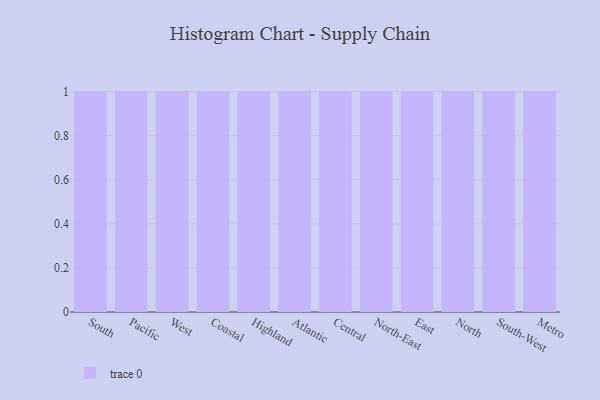
{"axis": {"x": "Region", "y": "Shipments"}, "legend": [""], "data": [{"x": "South", "y": 50, "type": ""}, {"x": "Pacific", "y": 80, "type": ""}, {"x": "West", "y": 65, "type": ""}, {"x": "Coastal", "y": 16, "type": ""}, {"x": "Highland", "y": 54, "type": ""}, {"x": "Atlantic", "y": 29, "type": ""}, {"x": "Central", "y": 3, "type": ""}, {"x": "North-East", "y": 80, "type": ""}, {"x": "East", "y": 14, "type": ""}, {"x": "North", "y": 82, "type": ""}, {"x": "South-West", "y": 35, "type": ""}, {"x": "Metro", "y": 2, "type": ""}]}